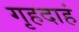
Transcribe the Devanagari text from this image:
गृहदाहं